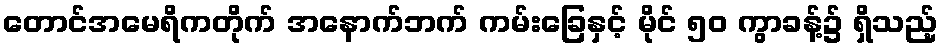
တောင်အမေရိကတိုက် အနောက်ဘက် ကမ်းခြေနှင့် မိုင် ၅၀ ကွာခန့်၌ ရှိသည့်